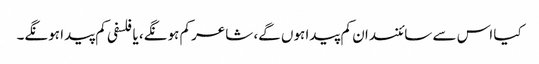
کیا اس سے سائنسدان کم پیدا ہوں گے، شاعر کم ہونگے، یا فلسفی کم پیدا ہونگے۔